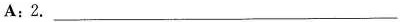
A:2.___